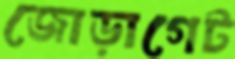
জোড়াগেট